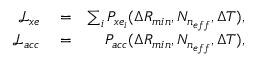
\begin{array} { r l r } { \mathcal { L } _ { x e } } & { { } = } & { \sum _ { i } P _ { x e _ { i } } ( \Delta R _ { m i n } , N _ { n _ { e f f } } , \Delta T ) , } \\ { \mathcal { L } _ { a c c } } & { { } = } & { P _ { a c c } ( \Delta R _ { m i n } , N _ { n _ { e f f } } , \Delta T ) , } \end{array}